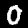
Digit: 0